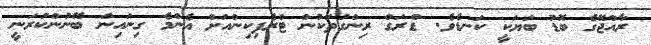
ރާއްޖޭގެ ބޮޑު ބަޔަކީ ކަނޑެވެ. ޑްރަގް ރިންގުތަކުން ޓްރެފިކިންއަށް އެންމެ ގިނައިން ބޭނުންކުރަނީ